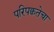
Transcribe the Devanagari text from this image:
परिपक्वतेचा